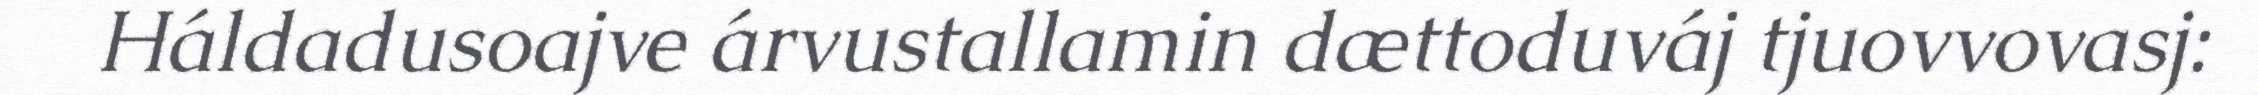
Háldadusoajve árvustallamin dættoduváj tjuovvovasj: